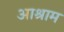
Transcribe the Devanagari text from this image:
आश्राम